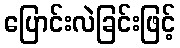
ပြောင်းလဲခြင်းဖြင့်